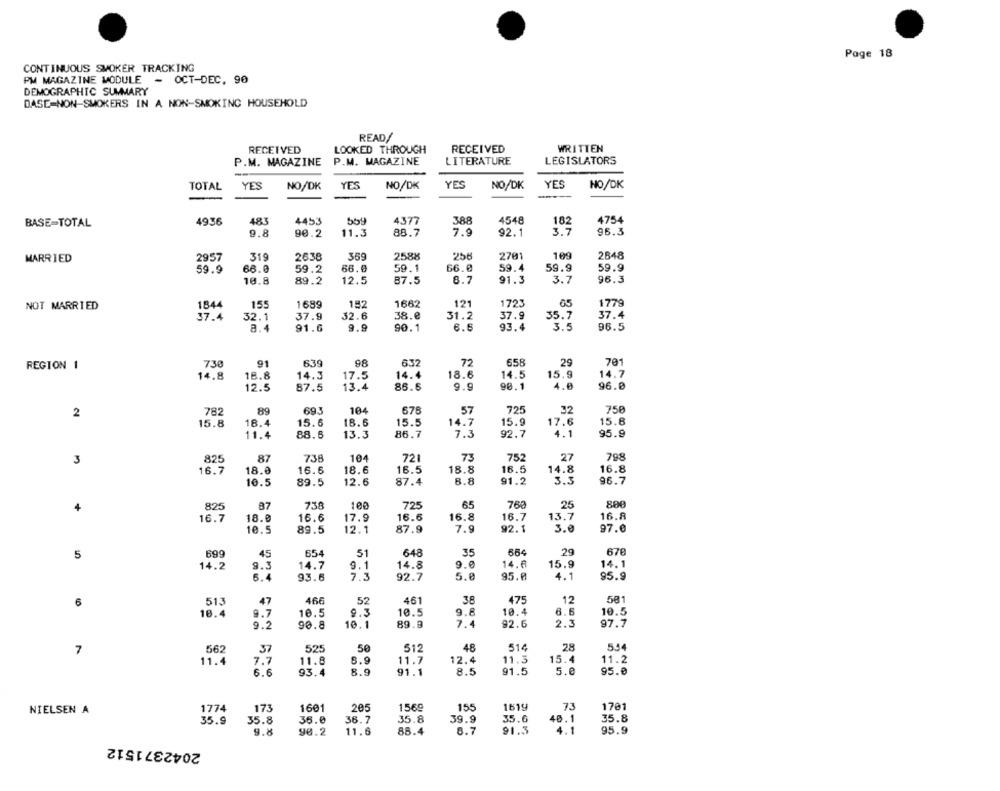
Page 18
CONTINUOUS SMOKER TRACKING
PM MAGAZINE MODULE
- OCT-DEC. 90
DEMOGRAPHIC SUMMARY
DASE=NON-SMOKERS IN A NON-SMOKING HOUSEHOLD
READ/
RECEIVED
LOOKED THROUGH
RECEIVED
WRITTEN
P.M. MAGAZINE
P.M. MAGAZINE
LITERATURE
LEGISLATORS
-
TOTAL
YES
NO/DK
YES
NO/DK
YES
NO/DK
YES
NO/DK
4936
483
4453
559
4377
388
4548
182
4754
BASE=TOTAL
9.8
90.2
11.3
88.7
7.9
92.1
3.7
96.3
MARRIED
2957
319
2638
359
2588
256
2701
109
2848
59.9
66.0
59.2
66.0
59.1
66. 8
59.4
59.9
59.9
10.8
89.2
12.5
87.5
8.7
91.3
3.7
96.3
121
1723
NOT MARRIED
1844
155
1689
192
1662
1779
37.4
32.1
37.9
32.6
38.8
31.2
37.4
37.9
35.7
8.4
91.6
9.9
90.1
6.6
93.4
3.5
96.5
730
91
639
98
632
72
658
29
701
REGION 1
14.8
18.8
14.3
17.5
14.4
18.6
14.5
15.9
14.7
12.5
87.5
13.4
86.6
9.9
90.1
4.0
96.0
782
89
693
104
678
57
725
32
750
2
15.8
18.4
15.6
18.6
15.5
14.7
15.9
17.6
15.8
11.4
88.6
13.3
86.7
7.3
92.7
4.1
95.9
3
825
87
738
104
721
73
752
27
798
16.7
18.0
16.6
18.6
16.5
18.8
16.5
14.8
16.8
10.5
89.5
12.6
87.4
8.8
91.2
3.3
96.7
825
87
738
100
725
65
768
25
4
16.7
18.0
16.6
17.9
16.6
16.8
16.7
13.7
16.8
10.5
89.5
12.1
87.9
7.9
92.1
3.0
97.0
5
699
45
654
51
648
35
654
29
678
14.2
9.3
14.7
9.1
14.8
9.0
14.6
15.9
14.1
6.4
93.6
7.3
92.7
5.0
95.0
4.1
95.9
6
513
47
466
52
461
38
475
12
501
18.4
9.7
10.5
9.3
10.5
9.8
10.4
6.
10.5
9.2
90.8
10.1
89.8
7.4
92.6
2.2
97.7
7
562
37
525
50
512
48
514
28
5.54
15.4
11.4
7.7
11.8
6.9
11.7
12.4
11.3
11.2
93.4
8.9
91.1
8.5
91.5
5.0
95.0
6.6
NIELSEN A
1774
173
1601
205
1569
155
1619
73
1701
35.9
35.8
36.0
36.7
35.8
39.9
35.6
40.1
35.8
9.8
90.2
11.6
88.4
8.7
91.3
4.1
95.9
2042371512